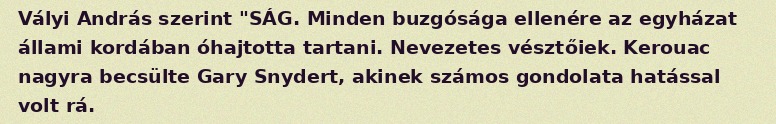
Vályi András szerint "SÁG. Minden buzgósága ellenére az egyházat állami kordában óhajtotta tartani. Nevezetes vésztőiek. Kerouac nagyra becsülte Gary Snydert, akinek számos gondolata hatással volt rá.